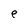
Character: e